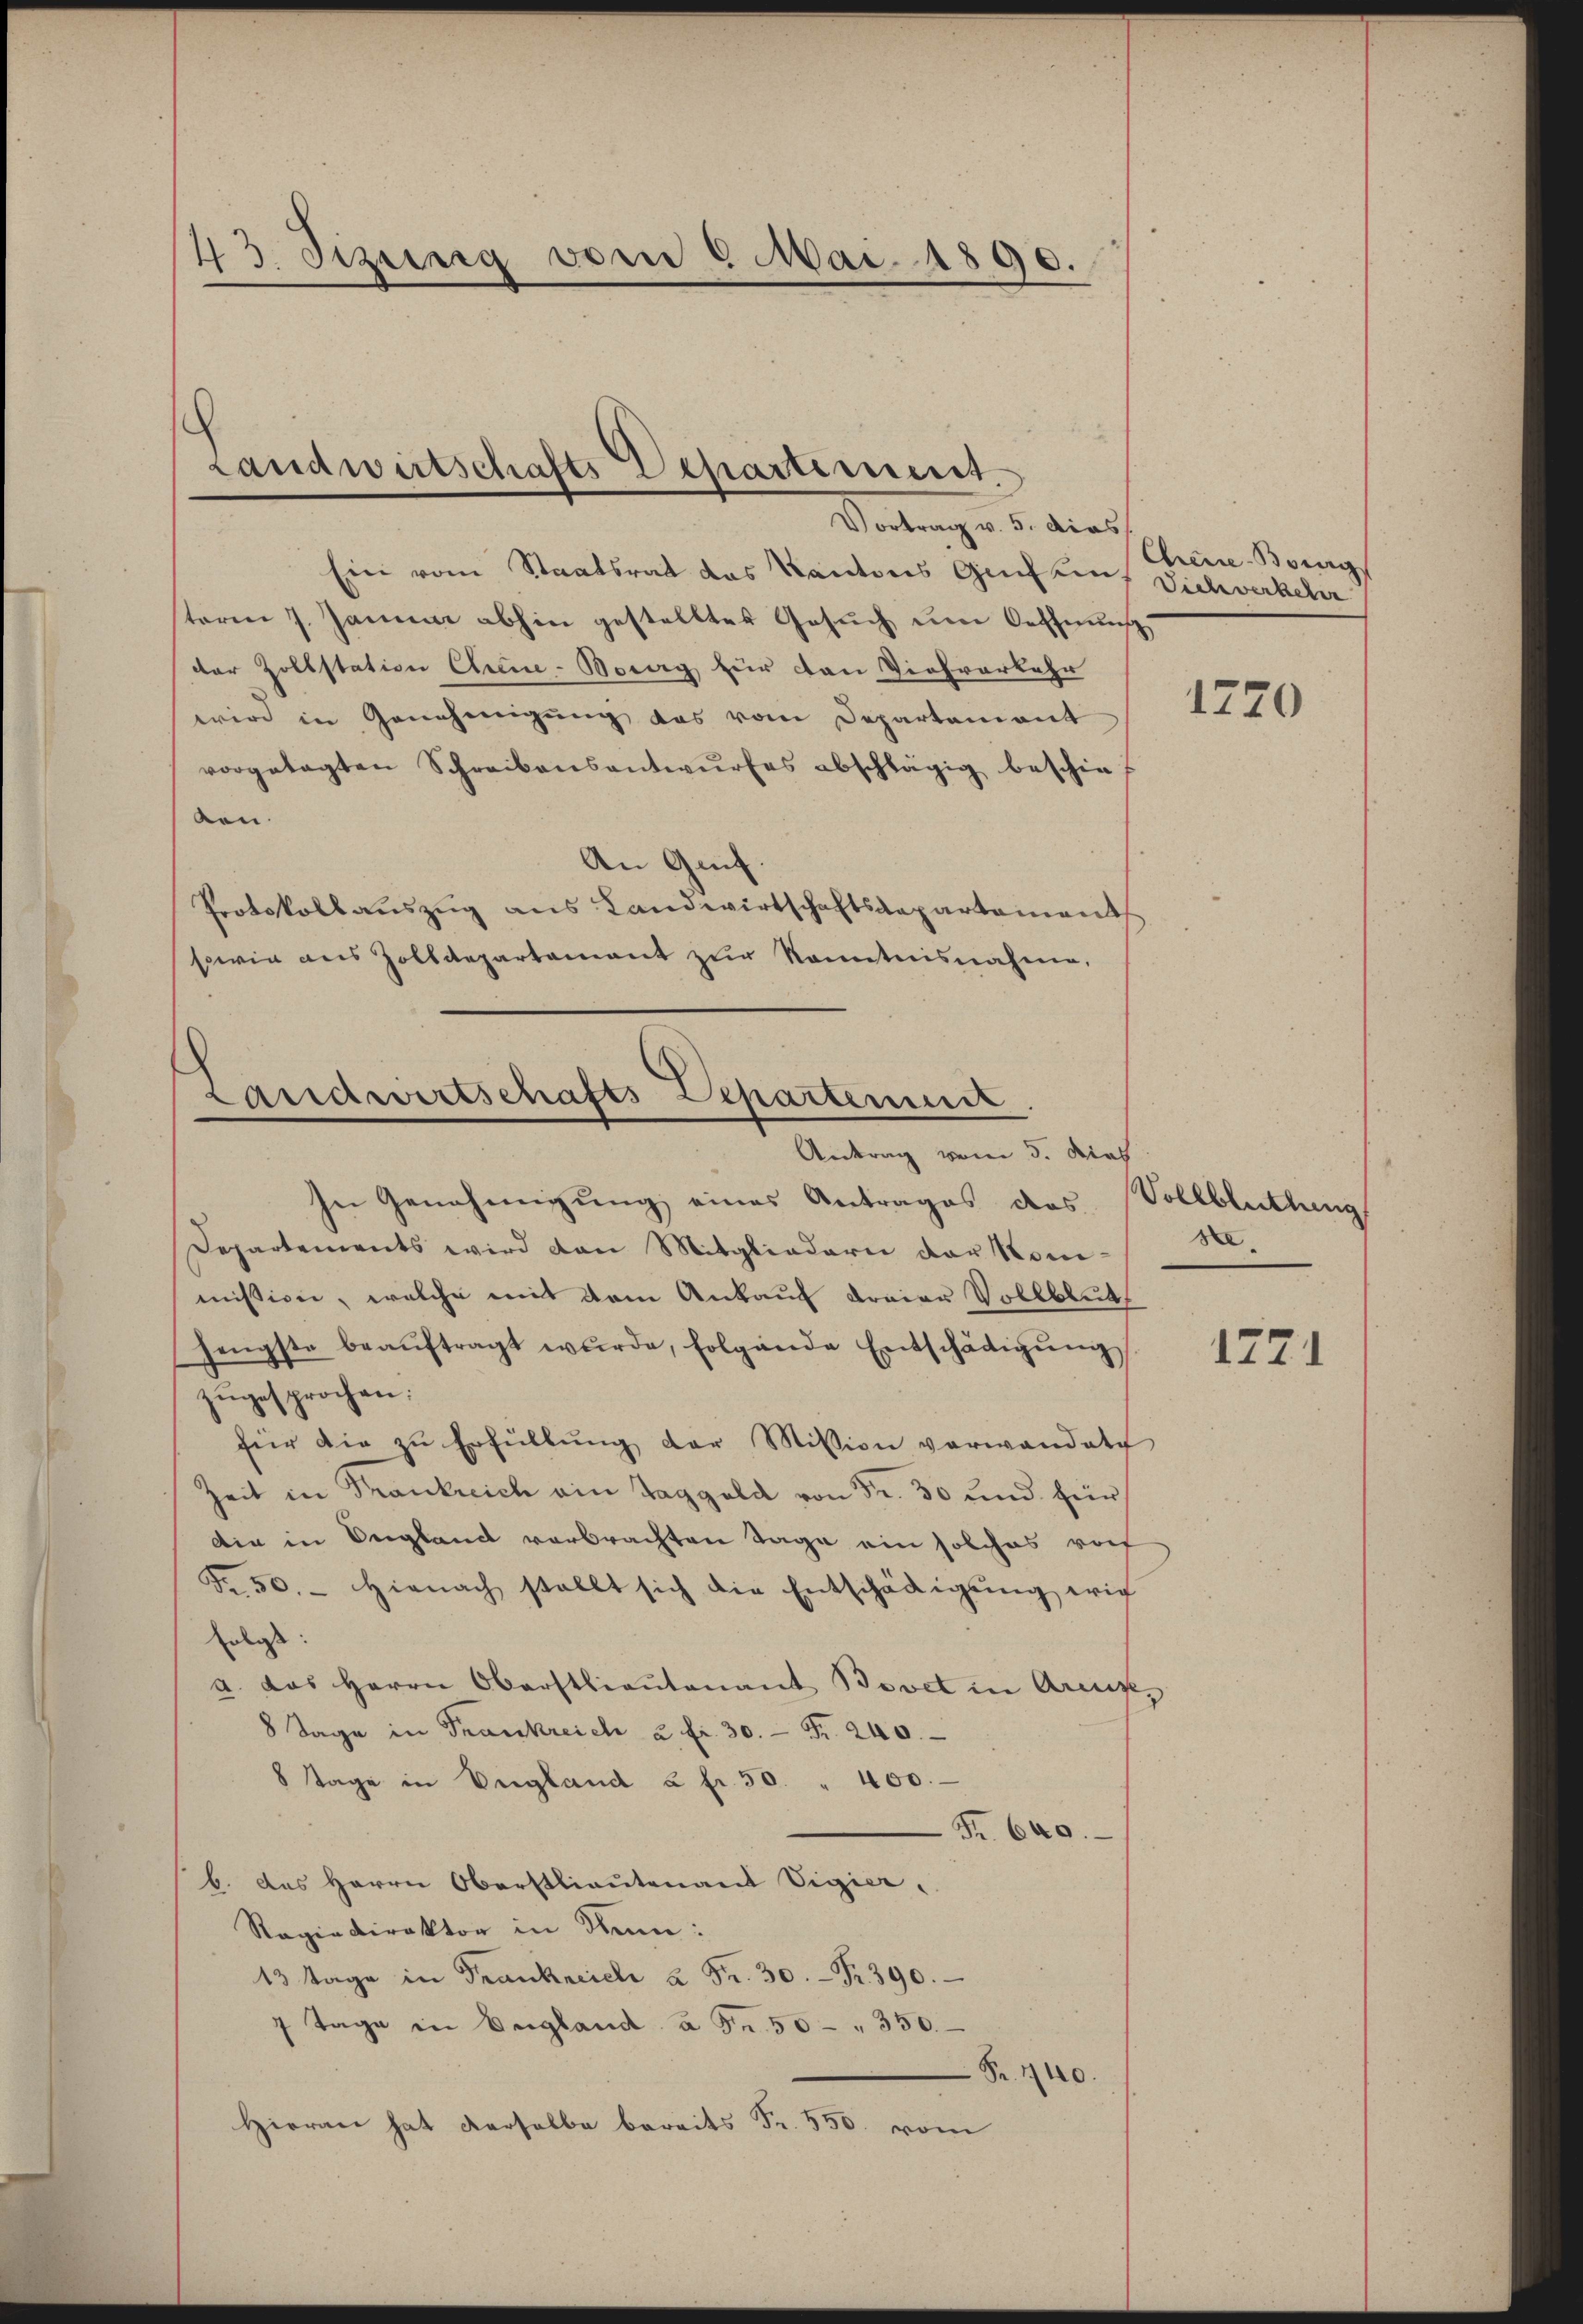
43. Tizienig vom 8 Mai 1890.

Landwirtschafts Departement.
Vortrag v. 5. dies

Ein vom Staatsrat das Kantons Genfang Dichverkehr
term 7. Januar abhin gestelltes Gesŭch ŭm Oeffnun
der Zollstation Chine-Moreg für den Viehverkehr
wird in Genehmigung das vom Departement
vorgelagten Schreibensantwŭrfes abschlägig beschie
ben.
An Grif.
Protokoll aŭszŭg ans Landwirtschaftsdepartement
sowie aus Zolldepartement zŭr Kenntnisnahme,

Lanictwirtschafts Departement
Antrag vom 5. dies

In Genehmigung eines Antrages das
Departements wird den Mitgliedern der Konmission, welche mit dem Ankauf dreier Vollblutt
jengste beaŭftragt wŭrde, folgende Entschädigŭng
zugesprochen.
für die zŭ Erfüllŭng der Mission verwandete
Zeit in Frankreich ain Taggeld von Fr. 30 und für
die in Vergland verbrachten Tage ein solches vorf
Fr. 50.- Hienach stellt sich die Entschädigŭng wir
folgt:
a. das Herrn Oberstlieutenant Bovet in Aren,
8 Tage in Frankreich u. fr. 30. - Fr. 240.
8 Tage in England à fr. 50. " 400.
Fr. 640.
b. des Herrn Oberstlieutenant Vigier
Ragindirektor in Stein:
13 Tage in Frankreich à Fr. 30. - Fr. 390.
7 Tage in England à Fr. 50 - " 350.
Fr. 440.
Hieran hat derselbe bereits Fr. 550. vom

Chine Borg

1220

Vollblicklung
XII.

1771